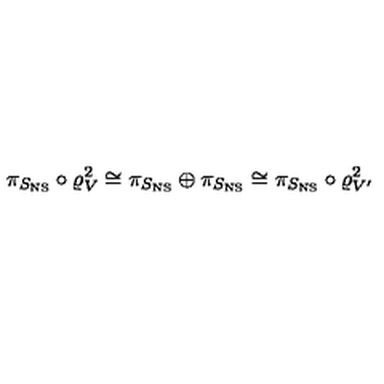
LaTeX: \pi _ { S _ { \mathrm { N S } } } \circ \varrho _ { V } ^ { 2 } \cong \pi _ { S _ { \mathrm { N S } } } \oplus \pi _ { S _ { \mathrm { N S } } } \cong \pi _ { S _ { \mathrm { N S } } } \circ \varrho _ { V ^ { \prime } } ^ { 2 }